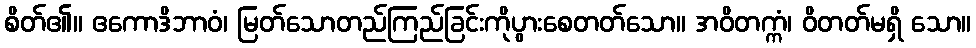
စိတ်၏။ ဧကောဒိဘာဝံ၊ မြတ်သောတည်ကြည်ခြင်းကိုပွားစေတတ်သော။ အဝိတက္ကံ၊ ဝိတတ်မရှိ သော။